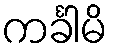
ကင်္ခါမိ